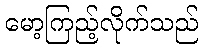
မော့ကြည့်လိုက်သည်